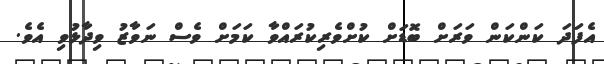
އެފަދަ ކަންކަން ވަރަށް ބޮޑަށް ކުށްވެރިކުރައްވާ ކަމަށް ވެސް ނަވާޒު ވިދާޅުވި އެވެ.